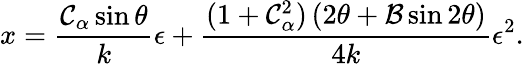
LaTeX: x=\frac{\mathcal{C}_{\alpha}\sin\theta}{k}\epsilon+\frac{(1+\mathcal{C}_{\alpha}^{2})\left(2\theta+\mathcal{B}\sin 2\theta\right)}{4k}\epsilon^{2}.